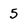
Character: 5